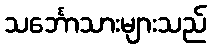
သင်္ဘောသားများသည်